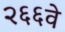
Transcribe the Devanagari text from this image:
२६६वे